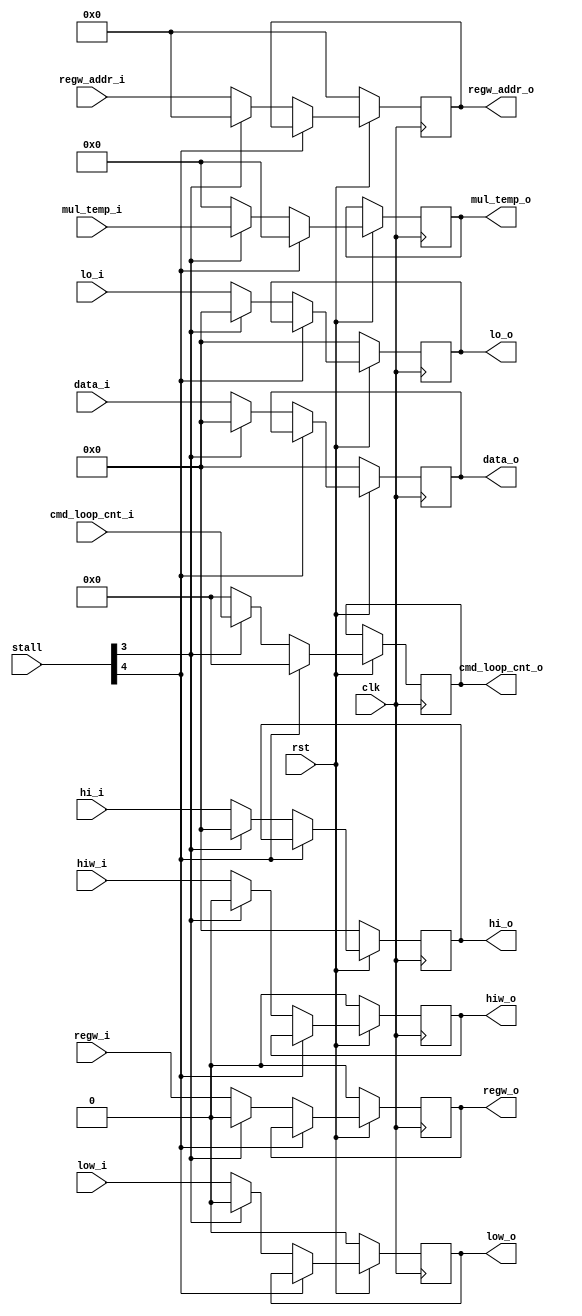
`timescale 1ns / 1ps
//////////////////////////////////////////////////////////////////////////////////
// Company: 
// 
// Design Name: mipscpu
// Module Name: ex_mem
// Project Name: 
// Target Devices: 
// Tool Versions: vivado 2017.4
// Description: 
// just trans data
// Dependencies: 
// 
// Revision:
// Revision 0.01 - File Created
// Additional Comments:
// 
//////////////////////////////////////////////////////////////////////////////////


module ex_mem(
    input clk,
    input rst,
    input   [31:0]data_i,
    input   [4:0] regw_addr_i,
    input   regw_i,
    input [5:0] stall,
    output reg  [31:0]data_o,
    output reg  [4:0] regw_addr_o,
    output reg  regw_o,
    //MULTI LOOP MADD MSUB
    input  [63:0]mul_temp_i,
    input  [16:0]cmd_loop_cnt_i,
    output reg [63:0]mul_temp_o,
    output reg [16:0]cmd_loop_cnt_o,
    //HILO
    input  hiw_i,
    input  low_i,
    input [31:0] hi_i,
    input [31:0] lo_i,
    output reg  [31:0]hi_o,
    output reg  [31:0]lo_o,
    output reg  hiw_o,
    output reg  low_o
    //
    
    );
    
    
always@(posedge clk)
begin
    if(!rst)begin
        data_o <= 32'b0;
        regw_addr_o <= 5'b0;
        regw_o <= 1'b0;
        hi_o <= 32'b0;
        lo_o <= 32'b0;
        hiw_o <=1'b0;
        low_o <=1'b0;
    end
    else begin
        mul_temp_o<=64'b0;
        cmd_loop_cnt_o<=17'b0;
        if(stall[4]==0) begin
           if(stall[3])begin
               data_o <= 32'b0;
               regw_addr_o <= 5'b0;
               regw_o <= 1'b0;
               hi_o <= 32'b0;
               lo_o <= 32'b0;
               hiw_o <=1'b0;
               low_o <=1'b0;
               mul_temp_o<=mul_temp_i;
               cmd_loop_cnt_o<=cmd_loop_cnt_i;
           end
           else begin
               data_o <= data_i;
               regw_addr_o <= regw_addr_i;
               regw_o <= regw_i;
               hi_o <= hi_i;
               lo_o <= lo_i;
               hiw_o <=hiw_i;
               low_o <=low_i;
           end
       end
    end
end
endmodule